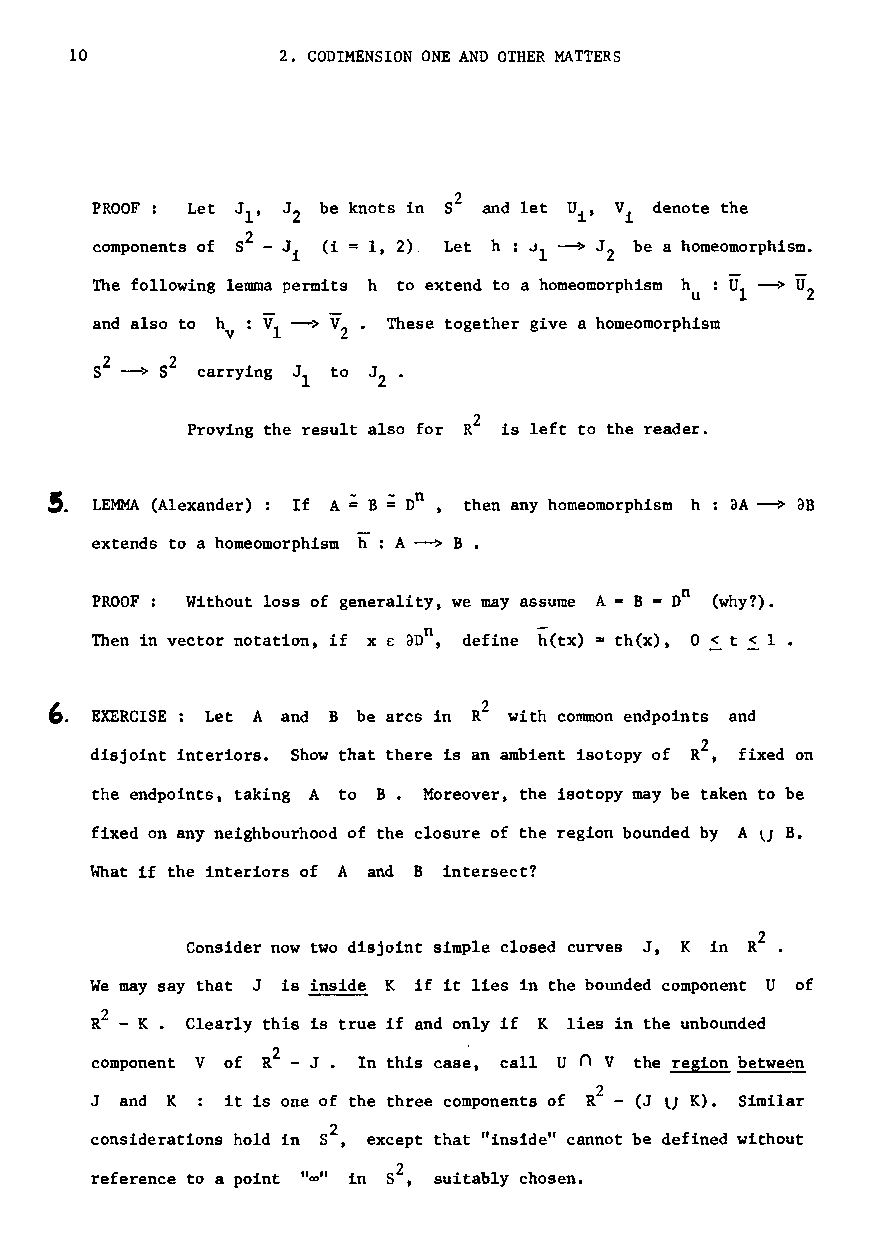
10            2. CODIMENSION ONE AND OTHER MATTERS
 PROOF: Let     be knots in S2 and let U , Vi denote the
 i
 components of  (i 1, 2). Let h : ~l ~ J be a homeomorphism.
 2
 The following lemma permits h to extend to a homeomorphism h : U --> U
 u  1   2
 VI
 and also to h : --> V • These together give a homeomorphism
 v       2
 2   2
 8 --> 8 carrying J to J •
 l    2
 2
 Proving the result also for R is left to the reader•
 .5.                 ... .... n
 LEMMA (Alexander) : If A=B=D , then any homeomorphism h aA -> aB
 extends to a homeomorphism h: A ~ B •
 PROOF: Without loss of generality, we may assume A = B =nO (why?).
 Then in vector notation, if x E ann, define h(tx) =th(x), 0 ~ t ~ 1 .
 2
 ,. EXERCISE Let A and B be arcs in R with common endpoints and
 2
 disjoint interiors. Show that there is an ambient isotopy of R , fixed on
 the endpoints, taking A to B. Moreover, the isotopy may be taken to be
 fixed on any neighbourhood of the closure of the region bounded by A lJ B.
 l~at if the interiors of A and B intersect?
 2
 Consider now two disjoint simple closed curves J, K in R •
 We may say that J is inside K if it lies in the bounded component U of
 2
 R - K. Clearly this is true if and only if K lies in the unbounded
 component V of R2 - J • In this case, call U n V the region between
 2
 J and K  it is one of the three components of R - (J lJ K). Similar
 considerations hold in s2, except that "inside" cannot be defined without
 reference to a point "co" in S2, suitably chosen.